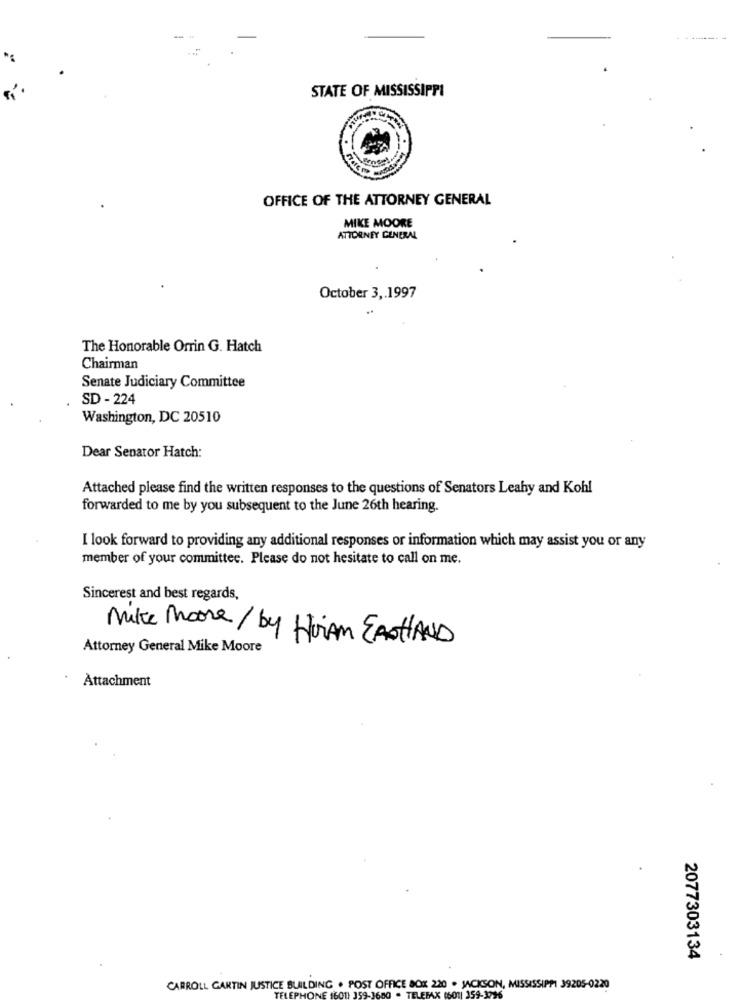
STATE OF MISSISSIPPI
OFFICE OF THE ATTORNEY GENERAL
MIKE MOORE
ATTORNEY GENERAL
October 3 ,. 1997
The Honorable Orrin G. Hatch
Chairman
Senate Judiciary Committee
SD - 224
Washington, DC 20510
Dear Senator Hatch:
Attached please find the written responses to the questions of Senators Leahy and Kohl
forwarded to me by you subsequent to the June 26th hearing.
I look forward to providing any additional responses or information which may assist you or any
member of your committee. Please do not hesitate to call on me.
Sincerest and best regards,
Mike Moore / by HurAm EANHAND
Attorney General Mike Moore
Attachment
2077303134
CARROLL GARTIN JUSTICE BUILDING . POST OFFICE BOX 220 . JACKSON, MISSISSIPPI 39205-0220
TELEPHONE 1601
(6-011 359-3736